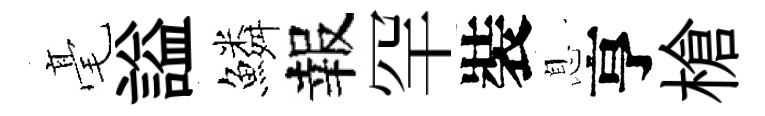
毫謚鱗報罕裝息亨槍